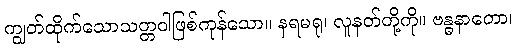
ကျွတ်ထိုက်သောသတ္တဝါဖြစ်ကုန်သော။ နရမရု၊ လူနတ်တို့ကို။ ဗန္ဓနာတော၊